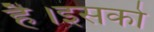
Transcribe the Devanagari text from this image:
है।इसको